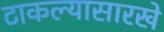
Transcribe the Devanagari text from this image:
टाकल्यासारखे